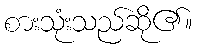
စားသုံးသည်ဆို၏။